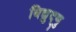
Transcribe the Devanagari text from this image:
विद्युद्णु